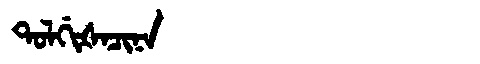
Manchu: ᡨᠣᠯᡤᡳᡧᠠᠴᡳᠨᠠ
Romanization: TOLGIŠACINA